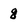
Character: 8